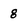
Character: 8